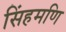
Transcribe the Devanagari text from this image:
सिंहमणि